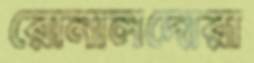
রোনালদোরা